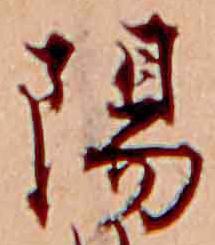
陽